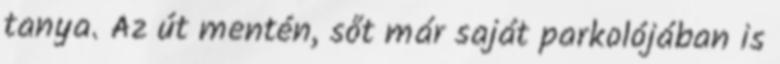
tanya. Az út mentén, sőt már saját parkolójában is